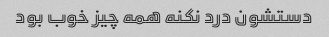
دستشون درد نکنه همه چیز خوب بود